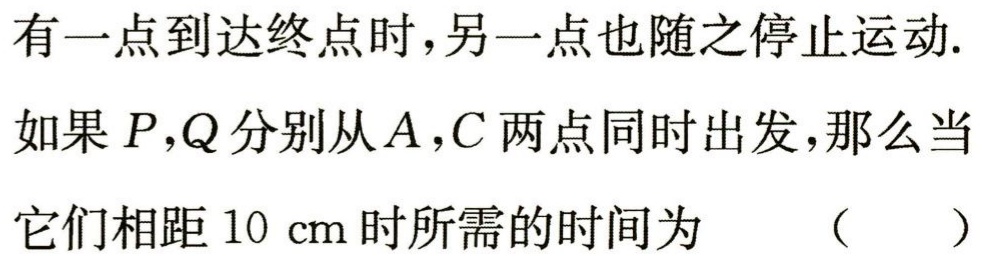
有一点到达终点时，另一点也随之停止运动.
如果\(P,Q\)分别从\(A,C\)两点同时出发，那么当
它们相距\(10\ \text{cm}\)时所需的时间为 （  ）